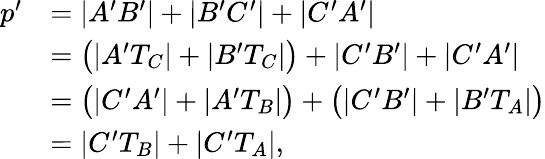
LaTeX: {\begin{array}{rl}{p^{\prime}}&{=|A^{\prime}B^{\prime}|+|B^{\prime}C^{\prime}|+|C^{\prime}A^{\prime}|}\\ &{={\bigl(}|A^{\prime}T_{C}|+|B^{\prime}T_{C}|{\bigr)}+|C^{\prime}B^{\prime}|+|C^{\prime}A^{\prime}|}\\ &{={\bigl(}|C^{\prime}A^{\prime}|+|A^{\prime}T_{B}|{\bigr)}+{\bigl(}|C^{\prime}B^{\prime}|+|B^{\prime}T_{A}|{\bigr)}}\\ &{=|C^{\prime}T_{B}|+|C^{\prime}T_{A}|,}\end{array}}